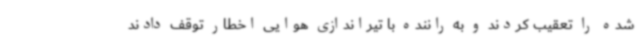
شده را تعقیب کردند و به راننده با تیراندازی هوایی اخطار توقف دادند